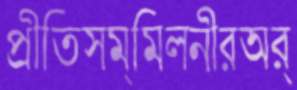
প্রীতিসম্মিলনীরঅর্